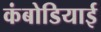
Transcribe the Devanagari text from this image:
कंबोडियाई